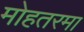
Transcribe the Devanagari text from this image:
मोहतरमा